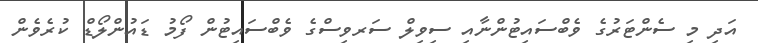
އަދި މި ސެންޓަރުގެ ވެބްސައިޓުންނާއި ސިވިލް ސަރވިސްގެ ވެބްސައިޓުން ފޯމު ޑައުންލޯޑް ކުރެވެން